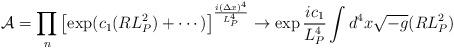
LaTeX: \begin{align*}{\mathcal A} = \prod _n \left[ \exp (c_1 (RL_P^2)+\cdots )\right]^{{i(\Delta x)^4\over L_P^4}} \to \exp {ic_1\over L_P^4} \int d^4x \sqrt{-g} (RL_P^2)\end{align*}